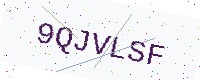
Text: 9QJVLSF